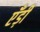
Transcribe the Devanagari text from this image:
एँड़ी